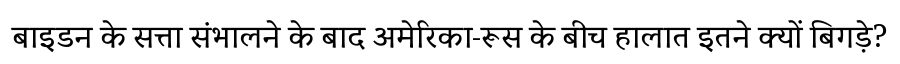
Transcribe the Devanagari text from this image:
बाइडन के सत्ता संभालने के बाद अमेरिका-रूस के बीच हालात इतने क्यों बिगड़े?